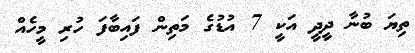
ތިޔަ ބުނާ ދީދީ އަކީ 7 އުޑުގެ މަތިން ފައިބާފަ ހުރި މީހެއް